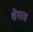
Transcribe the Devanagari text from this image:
शेंगाच